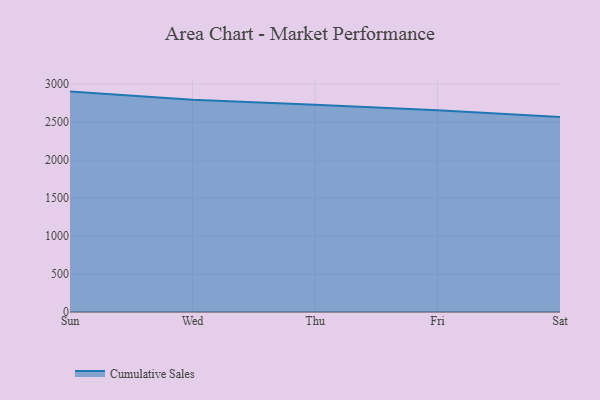
{"axis": {"x": "Day", "y": "Backlog"}, "legend": ["Cumulative Sales"], "data": [{"x": "Sun", "y": 2901.4, "type": "Cumulative Sales"}, {"x": "Wed", "y": 2795.0, "type": "Cumulative Sales"}, {"x": "Thu", "y": 2728.3, "type": "Cumulative Sales"}, {"x": "Fri", "y": 2654.8, "type": "Cumulative Sales"}, {"x": "Sat", "y": 2567.2, "type": "Cumulative Sales"}]}